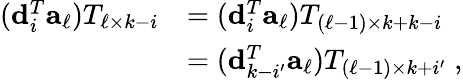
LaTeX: \begin{array}{rl}{({\mathbf d}_{i}^{T}{\mathbf a}_{\ell})T_{\ell\times k-i}}&{=({\mathbf d}_{i}^{T}{\mathbf a}_{\ell})T_{({\ell-1})\times k+k-i}}\\ &{=({\mathbf d}_{k-i^{\prime}}^{T}{\mathbf a}_{\ell})T_{({\ell-1})\times k+i^{\prime}}\; ,}\end{array}